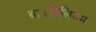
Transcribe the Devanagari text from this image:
था।विलियम